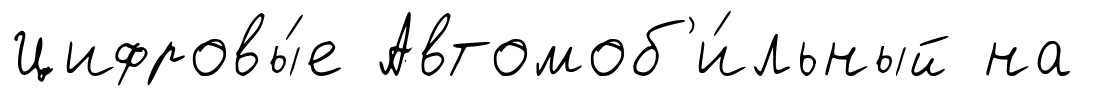
Цифровы́е Автомоб'и́льный на